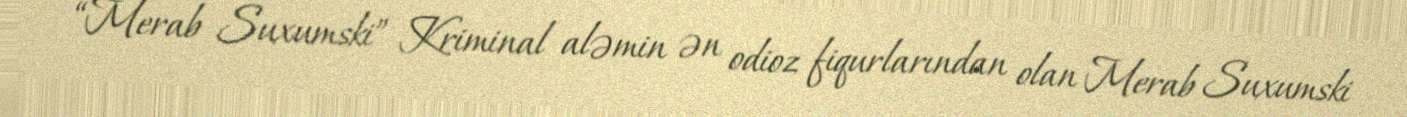
“Merab Suxumski” Kriminal aləmin ən odioz fiqurlarından olan Merab Suxumski